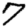
Digit: 7